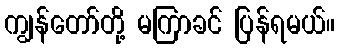
ကျွန်တော်တို့ မကြာခင် ပြန်ရမယ်။